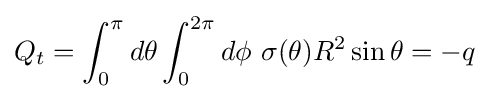
Q_{t}=\int _{0}^{\pi }d\theta \int _{0}^{2\pi }d\phi \,\,\sigma (\theta )R^{2}\sin \theta =-q